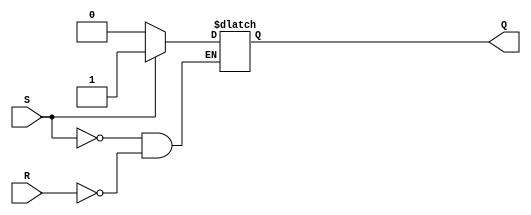
module sr_latch (
    input S, // set input
    input R, // reset input
    output reg Q // output
);

always @(S, R) begin
    if (S) begin
        Q <= 1'b1; // set Q high
    end else if (R) begin
        Q <= 1'b0; // reset Q low
    end
end

endmodule